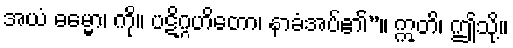
အယံ ဓမ္မော၊ ကို။ ပဋိဂ္ဂဟိတော၊ နာခံအပ်၏”။ ဣတိ၊ ဤသို့။